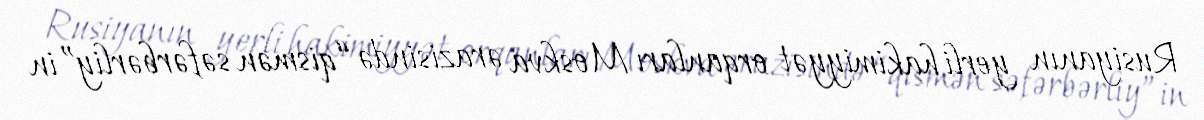
Rusiyanın yerli hakimiyyət orqanları Moskva ərazisində “qismən səfərbərliy”in